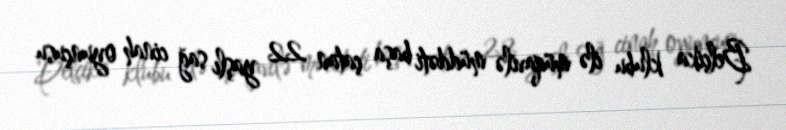
Belçika klubu ilə müqavilə müddəti başa çatan 22 yaşlı sağ cinah oyunçusu